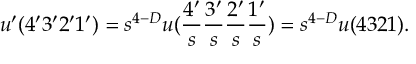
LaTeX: u ^ { \prime } ( 4 ^ { \prime } 3 ^ { \prime } 2 ^ { \prime } 1 ^ { \prime } ) = s ^ { 4 - D } u ( \frac { 4 ^ { \prime } } { s } \frac { 3 ^ { \prime } } { s } \frac { 2 ^ { \prime } } { s } \frac { 1 ^ { \prime } } { s } ) = s ^ { 4 - D } u ( 4 3 2 1 ) .